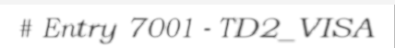
# Entry 7001 - TD2_VISA